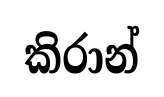
කිරාන්